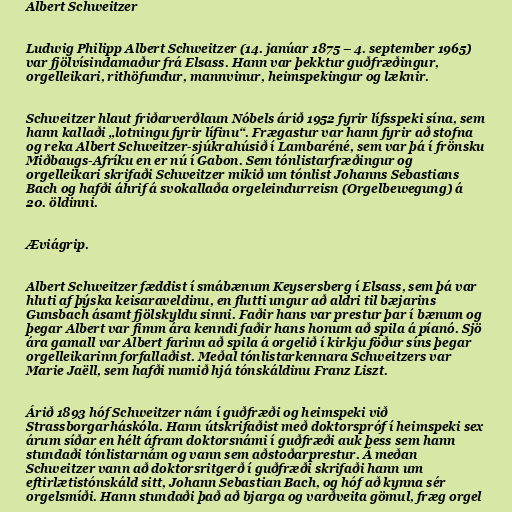
Albert Schweitzer

Ludwig Philipp Albert Schweitzer (14. janúar 1875 – 4. september 1965)
var fjölvísindamaður frá Elsass. Hann var þekktur guðfræðingur,
orgelleikari, rithöfundur, mannvinur, heimspekingur og læknir.

Schweitzer hlaut friðarverðlaun Nóbels árið 1952 fyrir lífsspeki sína, sem
hann kallaði „lotningu fyrir lífinu“. Frægastur var hann fyrir að stofna
og reka Albert Schweitzer-sjúkrahúsið í Lambaréné, sem var þá í frönsku
Miðbaugs-Afríku en er nú í Gabon. Sem tónlistarfræðingur og
orgelleikari skrifaði Schweitzer mikið um tónlist Johanns Sebastians
Bach og hafði áhrif á svokallaða orgeleindurreisn (Orgelbewegung) á
20. öldinni.

Æviágrip.

Albert Schweitzer fæddist í smábænum Keysersberg í Elsass, sem þá var
hluti af þýska keisaraveldinu, en flutti ungur að aldri til bæjarins
Gunsbach ásamt fjölskyldu sinni. Faðir hans var prestur þar í bænum og
þegar Albert var fimm ára kenndi faðir hans honum að spila á píanó. Sjö
ára gamall var Albert farinn að spila á orgelið í kirkju föður síns þegar
orgelleikarinn forfallaðist. Meðal tónlistarkennara Schweitzers var
Marie Jaëll, sem hafði numið hjá tónskáldinu Franz Liszt.

Árið 1893 hóf Schweitzer nám í guðfræði og heimspeki við
Strassborgarháskóla. Hann útskrifaðist með doktorspróf í heimspeki sex
árum síðar en hélt áfram doktorsnámi í guðfræði auk þess sem hann
stundaði tónlistarnám og vann sem aðstoðarprestur. Á meðan
Schweitzer vann að doktorsritgerð í guðfræði skrifaði hann um
eftirlætistónskáld sitt, Johann Sebastian Bach, og hóf að kynna sér
orgelsmíði. Hann stundaði það að bjarga og varðveita gömul, fræg orgel